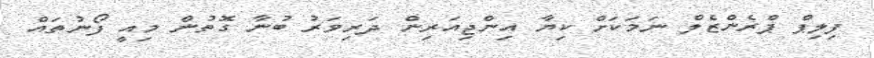
ފިލިޕް ޕްރެންޒެލް ނަމަކަށް ކިޔާ އިންޖިއަރިން ދަރިވަރު ބުނާ ގޮތުން މިއީ ފޯނުތައް